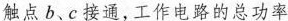
触点b、c接通，工作电路的总功率